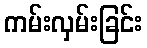
ကမ်းလှမ်းခြင်း